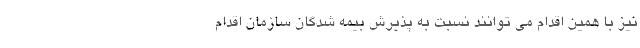
نیز با همین اقدام می توانند نسبت به پذیرش بیمه شدگان سازمان اقدام